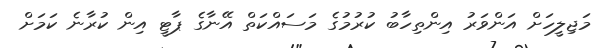
މަޖިލީހަށް އަންވަރު އިންތިހާބު ކުރުމުގެ މަސައްކަތް އޭނާގެ ޕާޓީ އިން ކުރާނެ ކަމަށް